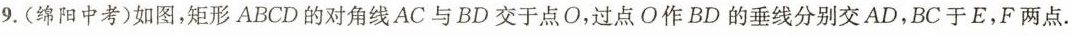
9.(绵阳中考)如图，矩形ABCD的对角线AC与BD交于点O，过点O作BD的垂线分别交AD，BC于E，F两点.